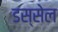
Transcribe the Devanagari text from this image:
डस्सेल